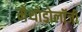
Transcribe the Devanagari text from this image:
मेथोडोलॉजी